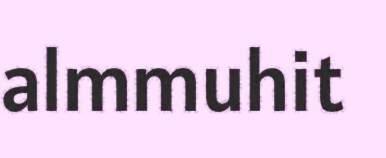
almmuhit